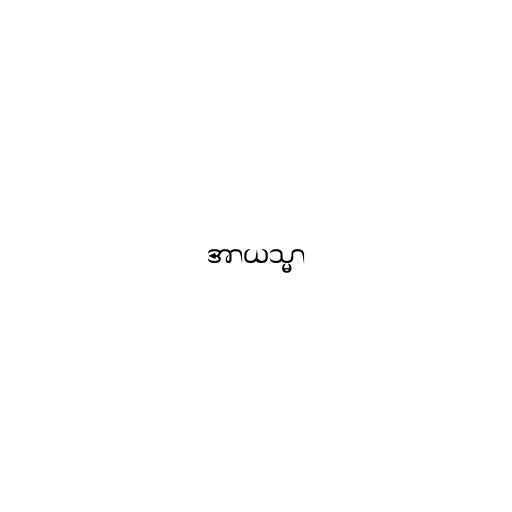
အာယသ္မာ